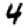
Digit: 4